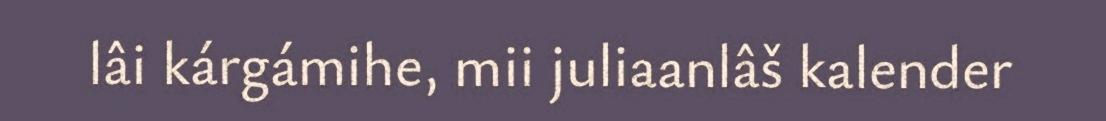
lâi kárgámihe, mii juliaanlâš kalender